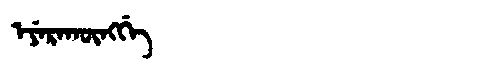
Manchu: ᡝᠶᡝᡵᠠᡴᡡᠩᡤᡝ
Romanization: EYERAKŪNGGE